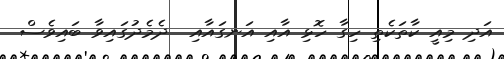
އަދި މިއީ ކާތަކެތި ހިގާ ހޮޅި އާއި އަނގައާއި  ދެމެދުގައިވާ ބައިވެސް